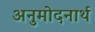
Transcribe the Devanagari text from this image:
अनुमोदनार्थ